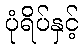
ပုံရိပ်နှင့်